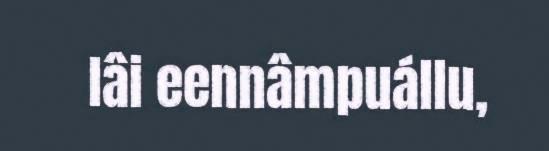
lâi eennâmpuállu,